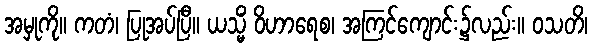
အမှုကို။ ကတံ၊ ပြုအပ်ပြီ။ ယသ္မိံ ဝိဟာရေစ၊ အကြင်ကျောင်း၌လည်း။ ဝသတိ၊